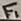
Text: F1